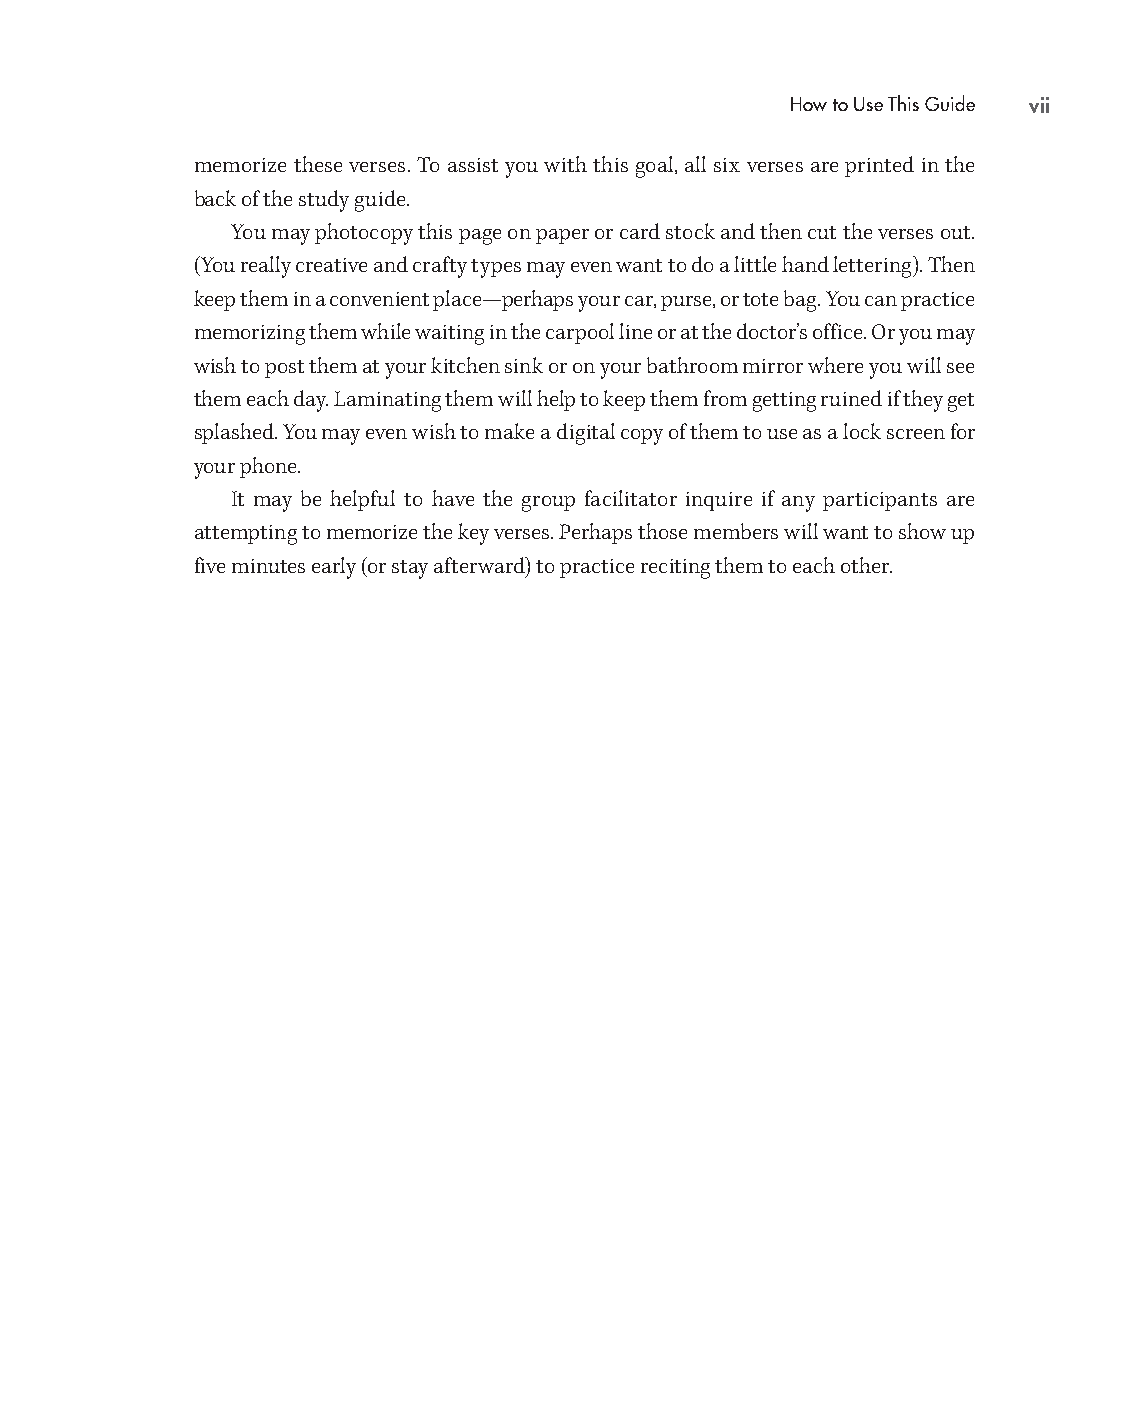
How to Use This Guide vii
 memorize these verses. To assist you with this goal, all six verses are printed in the
 back of the study guide.
 You may photocopy this page on paper or card stock and then cut the verses out.
 (You really creative and crafty types may even want to do a little hand lettering). Then
 keep them in a convenient place— perhaps your car, purse, or tote bag. You can practice
 memorizing them while waiting in the carpool line or at the doctor’s office. Or you may
 wish to post them at your kitchen sink or on your bathroom mirror where you will see
 them each day. Laminating them will help to keep them from getting ruined if they get
 splashed. You may even wish to make a digital copy of them to use as a lock screen for
 your phone.
 It may be helpful to have the group facilitator inquire if any participants are
 attempting to memorize the key verses. Perhaps those members will want to show up
 five minutes early (or stay afterward) to practice reciting them to each other.
 99778800331100008822776677__MMaakkiinnggOOtthheerrssHHaappppyySSGG__iinntt__SSCC..iinndddd 77 1100//1122//2211 11::1177 PPMM